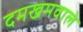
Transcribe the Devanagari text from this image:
दमखमवाले